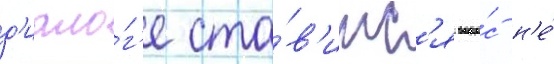
д'иало́г'е ста́в'итс'я вопро́с н'е́